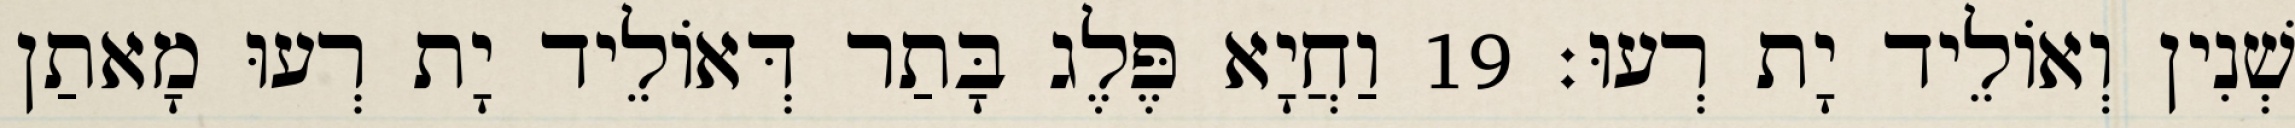
שְׁנִין וְאוֹלֵיד יָת רְעוּ׃ 19 וַחֲיָא פֶּלֶג בָּתַר דְּאוֹלֵיד יָת רְעוּ מָאתַן